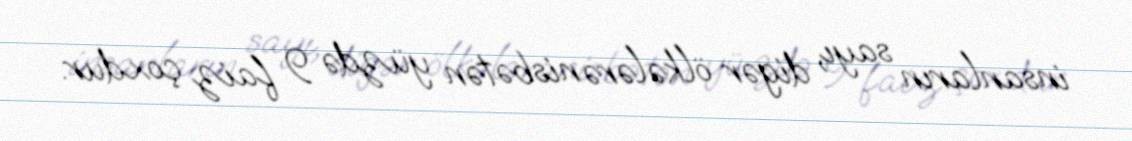
insanların sayı, digər ölkələrə nisbətən yüzdə 9 faiz çoxdur.